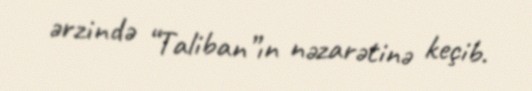
ərzində “Taliban”ın nəzarətinə keçib.